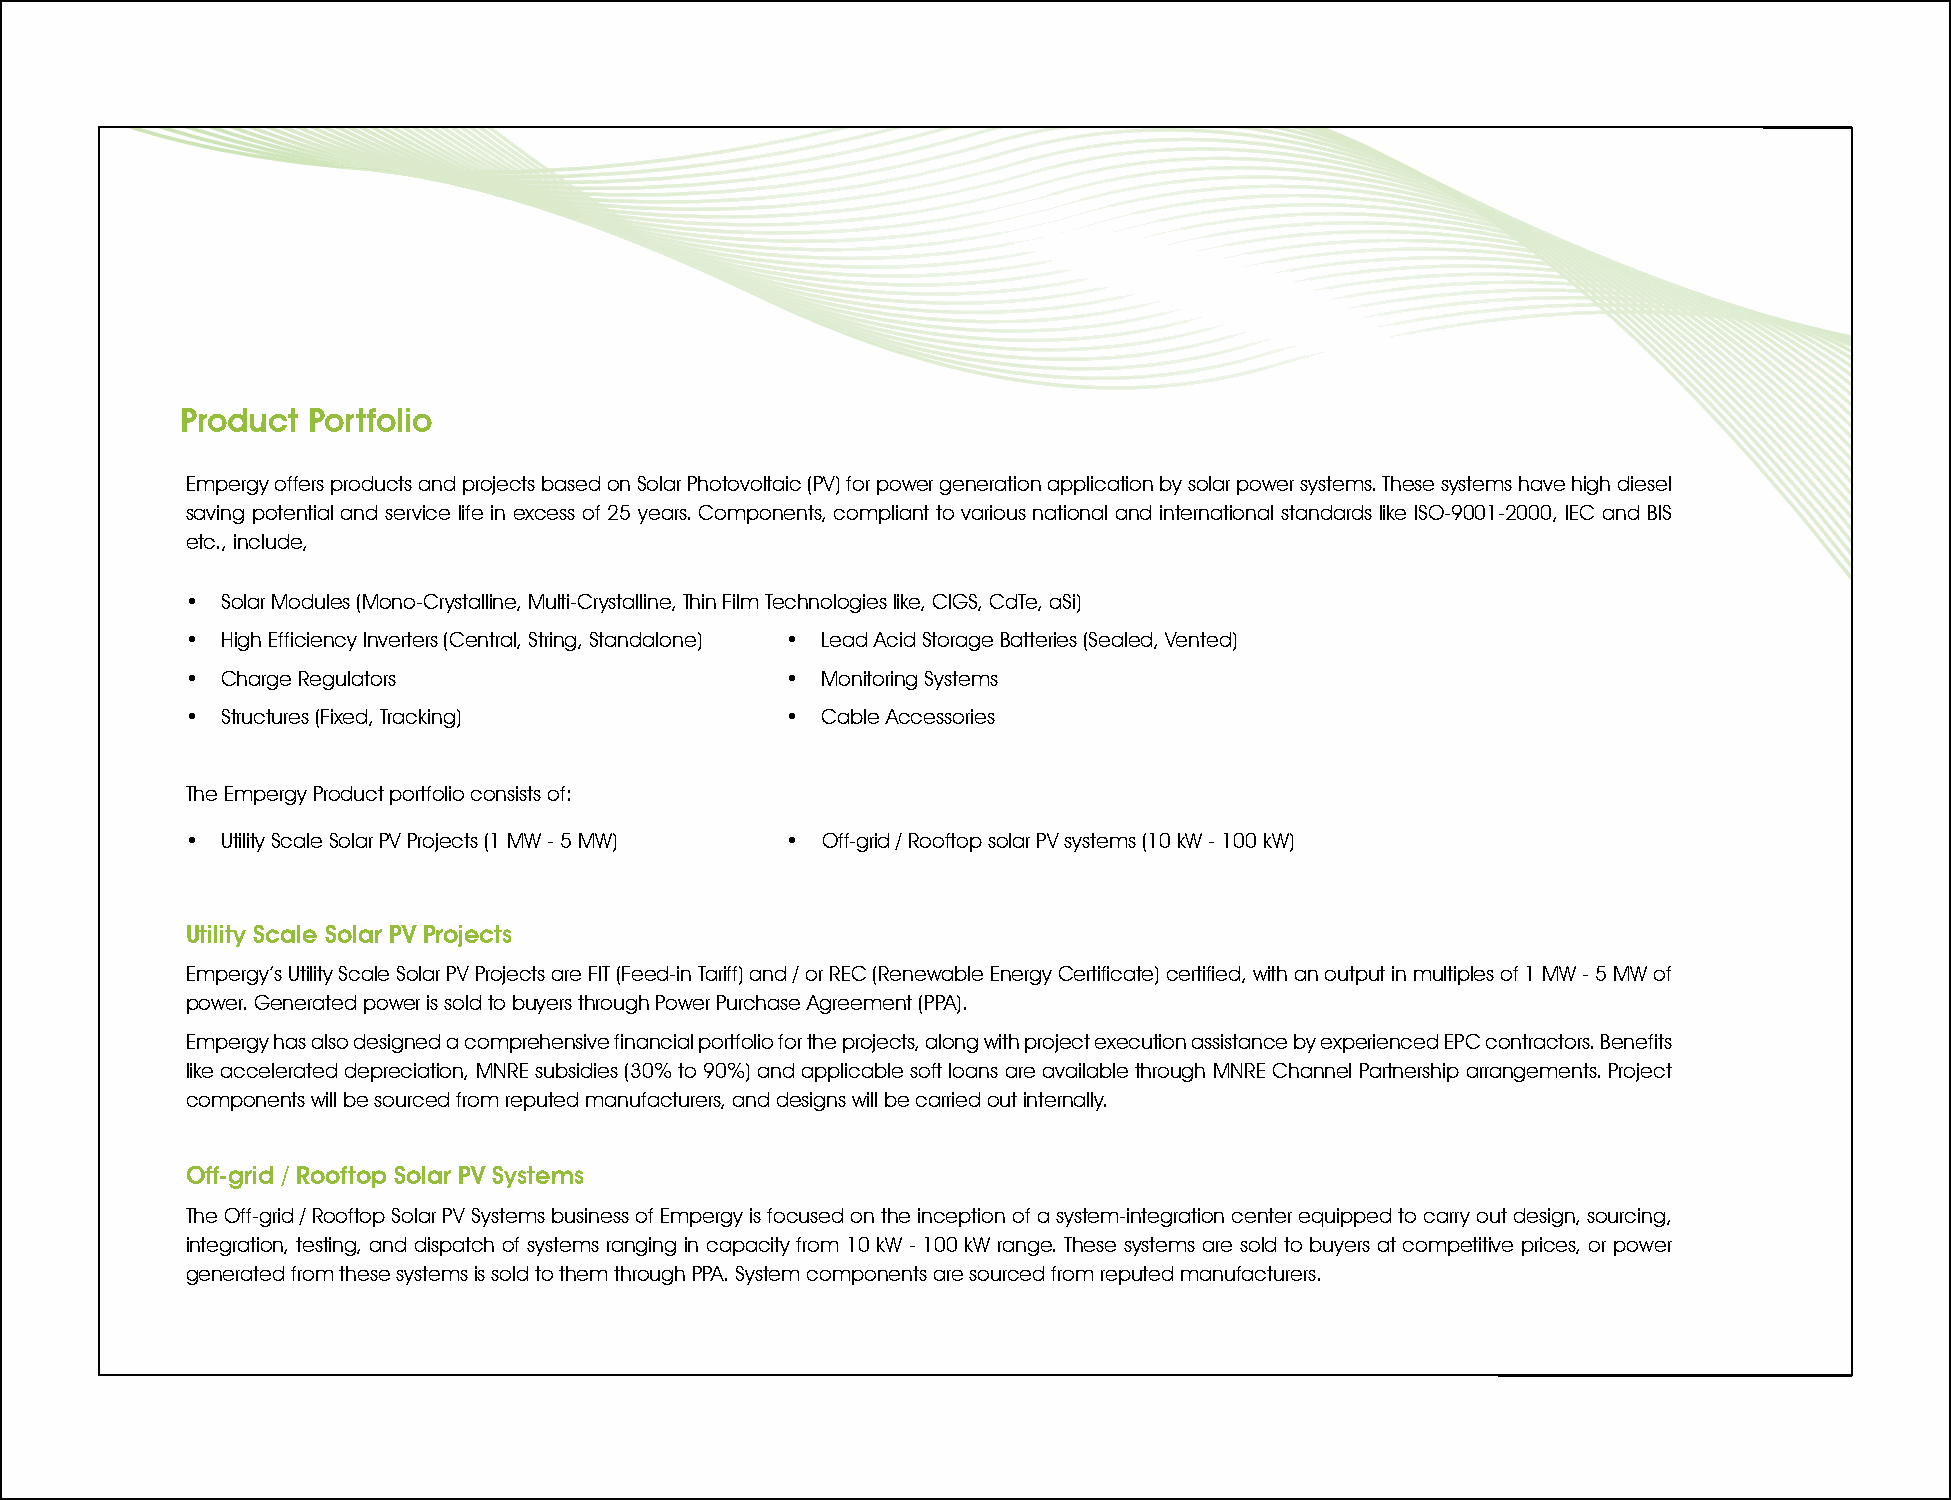
Product Portfolio
 Empergy offers products and projects based on Solar Photovoltaic (PV) for power generation application by solar power systems. These systems have high diesel
 saving potential and service life in excess of 25 years. Components, compliant to various national and international standards like ISO-9001-2000, IEC and BIS
 etc., include,
 •  Solar Modules (Mono-Crystalline, Multi-Crystalline, Thin Film Technologies like, CIGS, CdTe, aSi)
 •  High Efficiency Inverters (Central, String, Standalone) • Lead Acid Storage Batteries (Sealed, Vented)
 •  Charge Regulators                    • Monitoring Systems
 •  Structures (Fixed, Tracking)         • Cable Accessories
 The Empergy Product portfolio consists of:
 •  Utility Scale Solar PV Projects (1 MW - 5 MW) • Off-grid / Rooftop solar PV systems (10 kW - 100 kW)
 Utility Scale Solar PV Projects
 Empergy’s Utility Scale Solar PV Projects are FIT (Feed-in Tariff) and / or REC (Renewable Energy Certificate) certified, with an output in multiples of 1 MW - 5 MW of
 power. Generated power is sold to buyers through Power Purchase Agreement (PPA).
 Empergy has also designed a comprehensive financial portfolio for the projects, along with project execution assistance by experienced EPC contractors. Benefits
 like accelerated depreciation, MNRE subsidies (30% to 90%) and applicable soft loans are available through MNRE Channel Partnership arrangements. Project
 components will be sourced from reputed manufacturers, and designs will be carried out internally.
 Off-grid / Rooftop Solar PV Systems
 The Off-grid / Rooftop Solar PV Systems business of Empergy is focused on the inception of a system-integration center equipped to carry out design, sourcing,
 integration, testing, and dispatch of systems ranging in capacity from 10 kW - 100 kW range. These systems are sold to buyers at competitive prices, or power
 generated from these systems is sold to them through PPA. System components are sourced from reputed manufacturers.